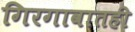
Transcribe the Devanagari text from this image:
गिरगावातही